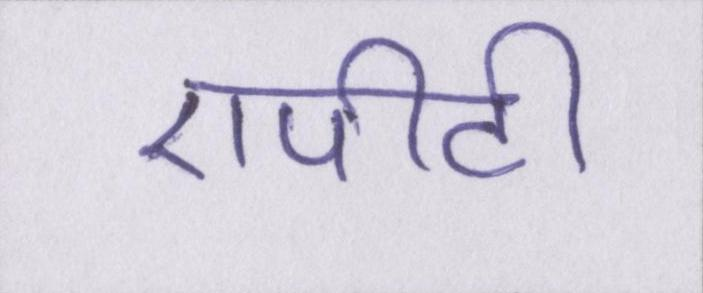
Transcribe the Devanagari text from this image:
एपीटी